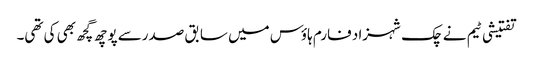
تفتیشی ٹیم نے چک شہزاد فارم ہاؤس میں سابق صدرسے پوچھ گچھ بھی کی تھی۔